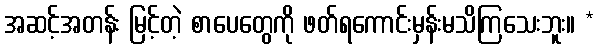
အဆင့်အတန်း မြင့်တဲ့ စာပေတွေကို ဖတ်ရကောင်းမှန်းမသိကြသေးဘူး။ *